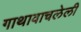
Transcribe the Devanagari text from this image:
गाथावाचलेली